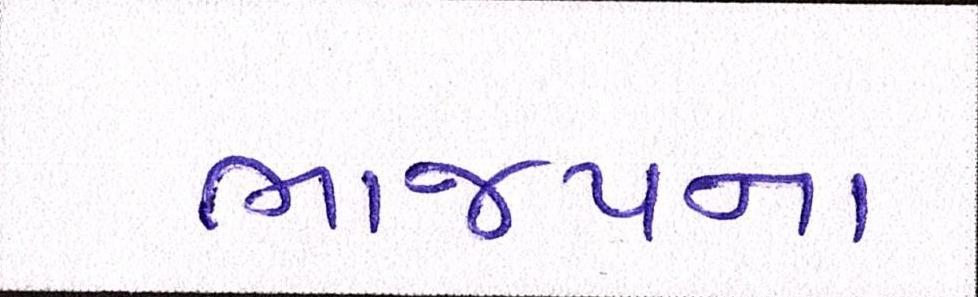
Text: ભાજપના